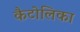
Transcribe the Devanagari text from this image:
कैटोलिका